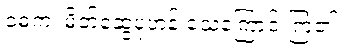
ဝဓကံ၊ မိတ်ဆွေပုံဟန် သေကြောင်းကြံ၏။